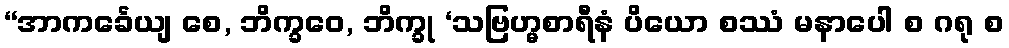
“အာကင်္ခေယျ စေ, ဘိက္ခဝေ, ဘိက္ခု ‘သဗြဟ္မစာရီနံ ပိယော စဿံ မနာပေါ စ ဂရု စ